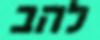
להב